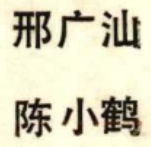
邢广汕

陈小鹤